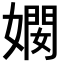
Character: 𫱠